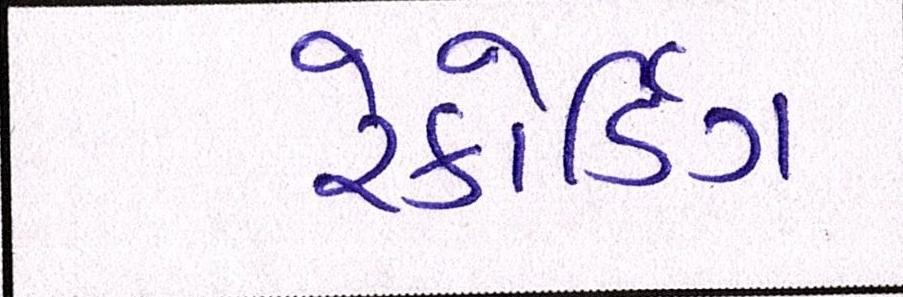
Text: રેકોર્ડિંગ